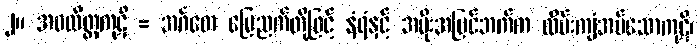
၂။ အဝလိတ္တကုဋိ = အင်္ဂတေ မြေညက်တို့ဖြင့် နံရံနှင့် အမိုးအပြင်ဘက်က လိမ်းကျံအပ်သောကုဋိ၊